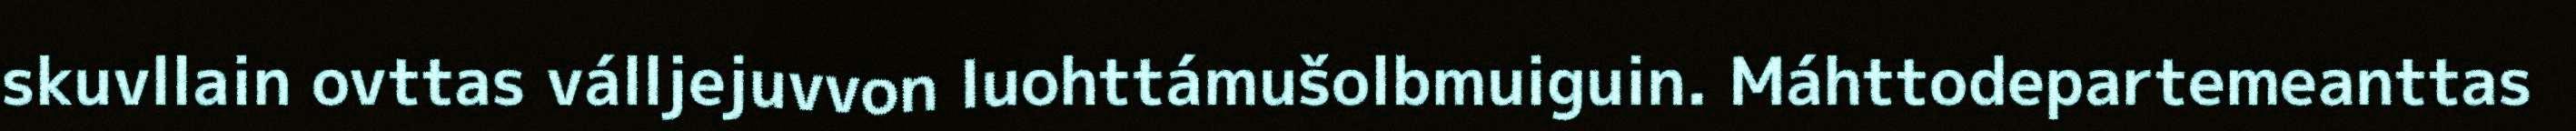
skuvllain ovttas válljejuvvon luohttámušolbmuiguin. Máhttodepartemeanttas